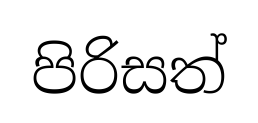
පිරිසත්